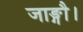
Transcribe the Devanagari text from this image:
जाङ्गौ।